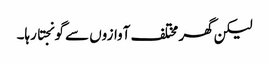
لیکن گھر مختلف آوازوں سے گونجتا رہا۔